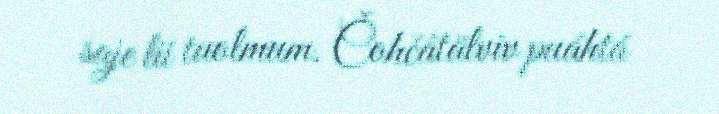
saje lii tuolmum. Čohčâtälviv puáhtá